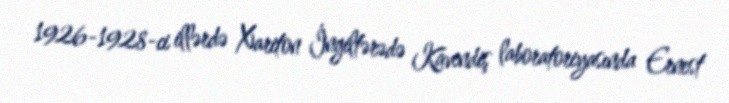
1926-1928-ci illərdə Xariton İngiltərədə Kavendiş laboratoriyasında Ernest